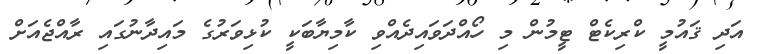
އަދި ޤައުމީ ކްރިކެޓް ޓީމުން މި ހޯއްދަވައިދެއްވި ކާމިޔާބަކީ ކުޅިވަރުގެ މައިދާނުގައި ރާއްޖެއަށް